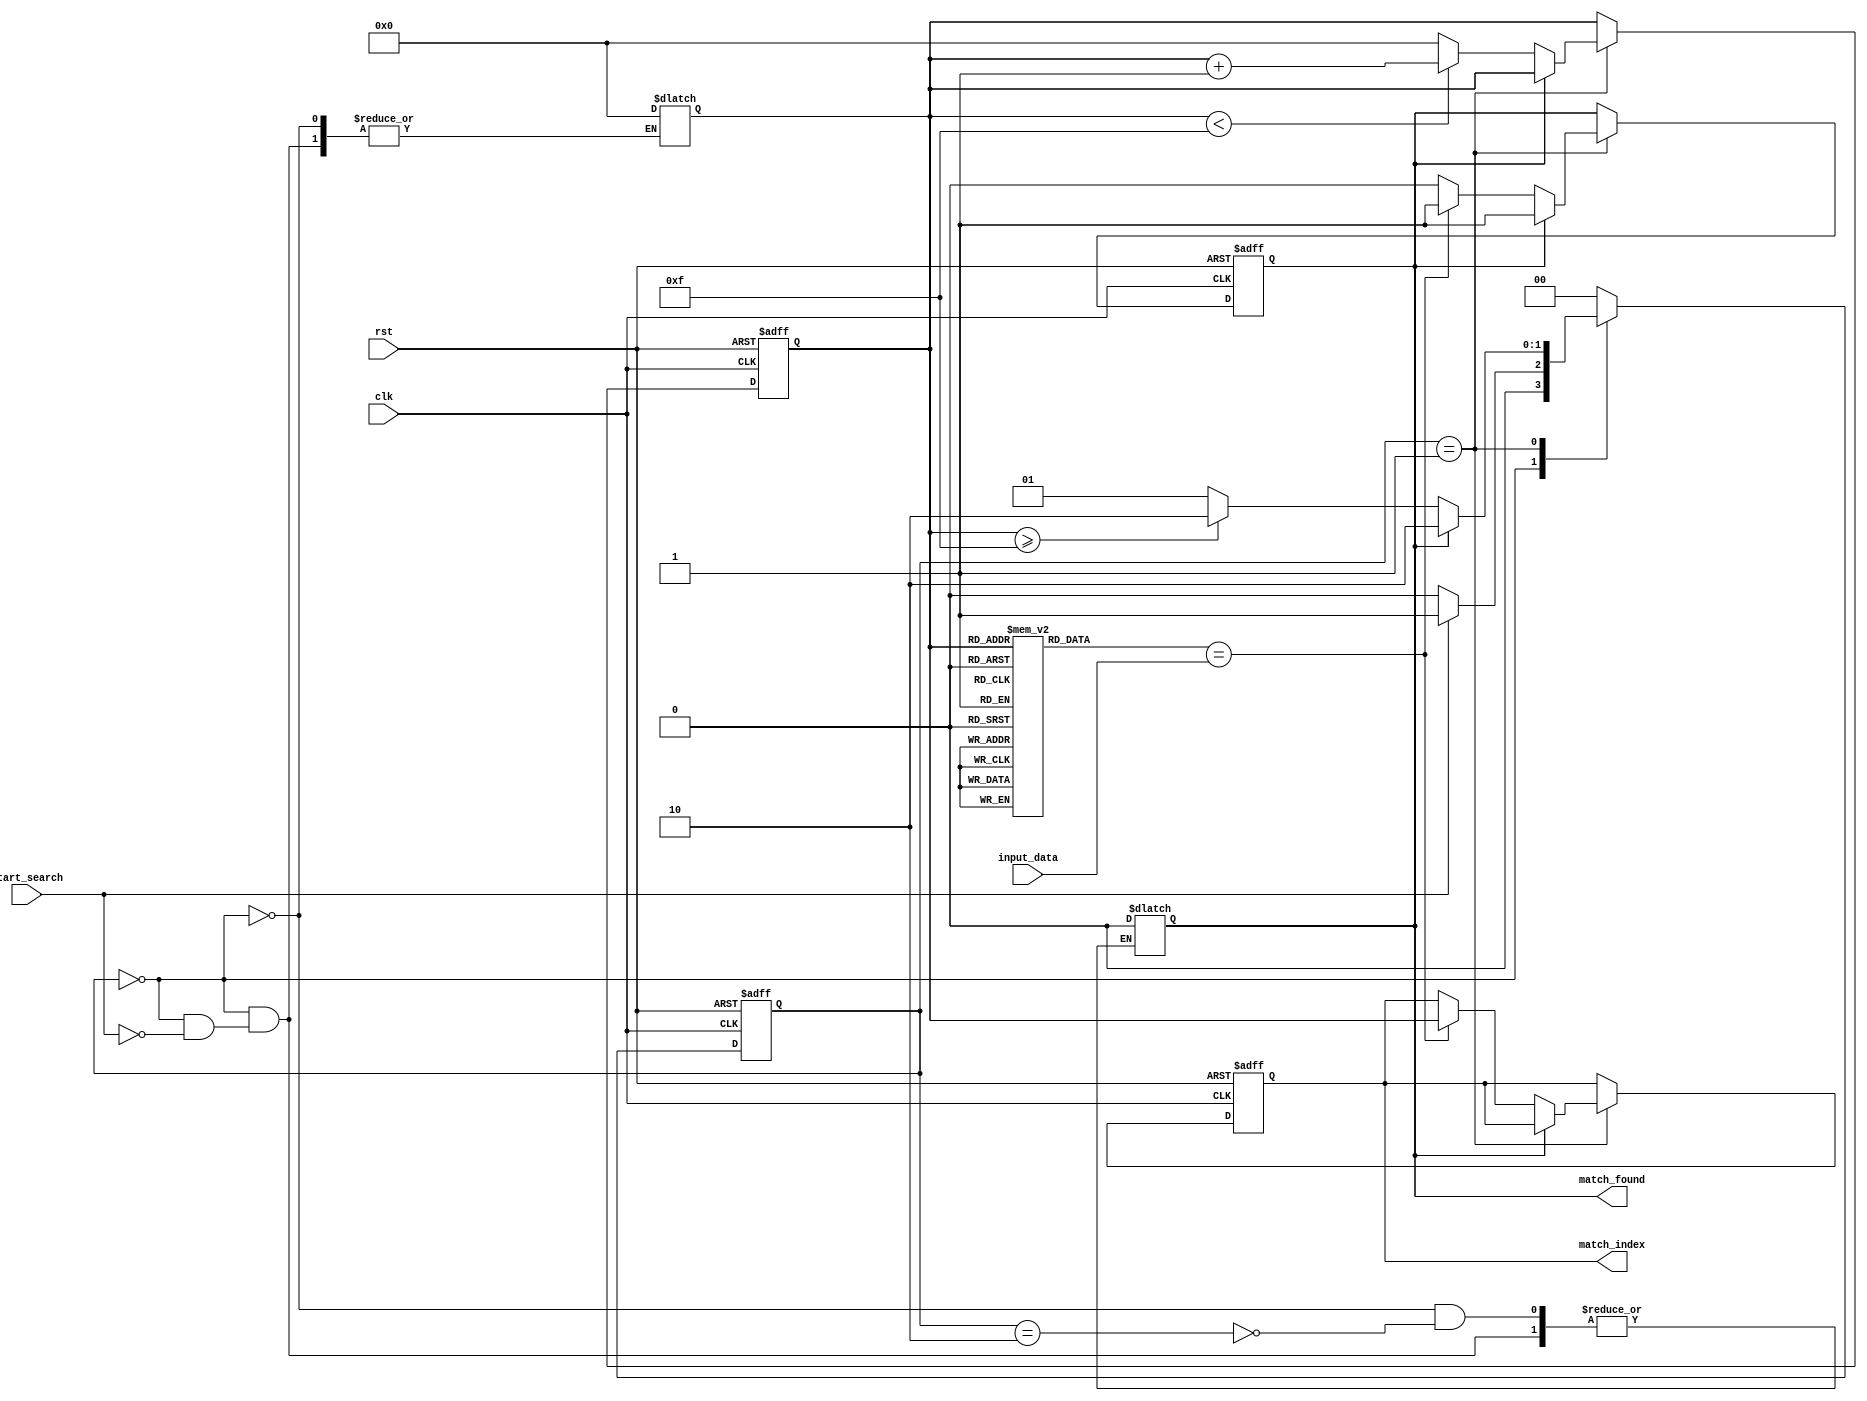
module sequential_cam #(
    parameter N = 16,  // Number of entries
    parameter W = 8    // Width of each entry
)(
    input wire clk,
    input wire rst,
    input wire [W-1:0] input_data,
    input wire start_search,
    output reg match_found,
    output reg [$clog2(N)-1:0] match_index // Index of matching entry
);

    // Memory array
    reg [W-1:0] memory_array [0:N-1];

    // State definitions
    localparam IDLE = 2'b00;
    localparam SEARCH = 2'b01;
    localparam DONE = 2'b10;

    reg [1:0] current_state, next_state;
    reg [3:0] search_index; // Search index (4 bits for up to 16 entries)

    // Initial memory setup (for demonstration)
    initial begin
        // Initialize memory (can be done elsewhere in actual usage)
        memory_array[0] = 8'd1;
        memory_array[1] = 8'd2;
        memory_array[2] = 8'd3;
        memory_array[3] = 8'd4;
        memory_array[4] = 8'd5;
        memory_array[5] = 8'd6;
        memory_array[6] = 8'd7;
        memory_array[7] = 8'd8;
        memory_array[8] = 8'd9;
        memory_array[9] = 8'd10;
        memory_array[10] = 8'd11;
        memory_array[11] = 8'd12;
        memory_array[12] = 8'd13;
        memory_array[13] = 8'd14;
        memory_array[14] = 8'd15;
        memory_array[15] = 8'd16;
    end

    // Sequential logic for state transition
    always @(posedge clk or posedge rst) begin
        if (rst) begin
            current_state <= IDLE;
            search_index <= 0;
            match_found <= 0;
            match_index <= 0;
        end else begin
            current_state <= next_state;
            if (current_state == SEARCH) begin
                if (match_found == 0) begin
                    if (memory_array[search_index] == input_data) begin
                        match_found <= 1;
                        match_index <= search_index;
                    end
                    if (search_index < N - 1) begin
                        search_index <= search_index + 1;
                    end else begin
                        search_index <= 0; // Reset for the next search
                    end
                end
            end
        end
    end

    // Next state logic
    always @(*) begin
        case (current_state)
            IDLE: begin
                if (start_search) begin
                    next_state = SEARCH;
                    search_index = 0;
                    match_found = 0;
                end else begin
                    next_state = IDLE;
                end
            end
            
            SEARCH: begin
                if (match_found) begin
                    next_state = DONE;
                end else if (search_index >= N - 1) begin
                    // End of search without a match
                    next_state = DONE;
                end else begin
                    next_state = SEARCH;
                end
            end

            DONE: begin
                next_state = IDLE; // Go back to IDLE for a new search
                // Reset match_found for the next operation
                match_found = 0;
            end
            
            default: next_state = IDLE;
        endcase
    end
endmodule